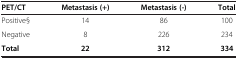
| PET/CT | Metastasis (+) | Metastasis (-) | Total |
 | --- | --- | --- | --- |
 | Positive§ | 14 | 86 | 100 |
 | Negative | 8 | 226 | 234 |
 | Total | 22 | 312 | 334 |